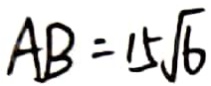
A B = 1 5 \sqrt { 6 }